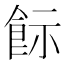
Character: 𩚪